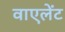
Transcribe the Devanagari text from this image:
वाएलेंट